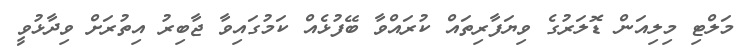
މަލްޓި މިލިއަން ޑޮލަރުގެ ވިޔަފާރިތައް ކުރައްވާ ބޭފުޅެއް ކަމުގައިވާ ޖާބިރު އިތުރަށް ވިދާޅުވީ